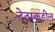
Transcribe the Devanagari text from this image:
देठाकडील